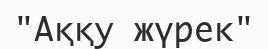
"Аққу жүрек"